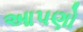
આપણો